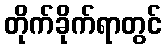
တိုက်ခိုက်ရာတွင်